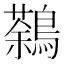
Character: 鷋